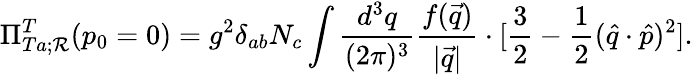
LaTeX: \Pi_{Ta;\mathcal{R}}^{T}(p_{0}=0)=g^{2}\delta_{ab}N_{c}\int\frac{{d^{3}q}}{{(2\pi)^{3}}}\frac{{f(\vec{{q}})}}{{|\vec{{q}}|}}\cdot[\frac{{3}}{{2}}-\frac{{1}}{{2}}(\hat{{q}}\cdot\hat{{p}})^{2}].